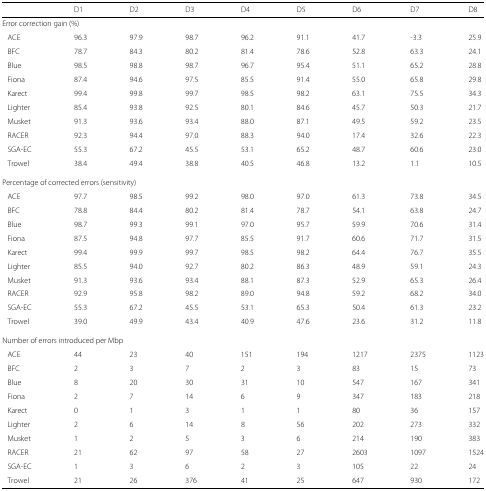
<table><thead><tr><td></td><td><b>D1</b></td><td><b>D2</b></td><td><b>D3</b></td><td><b>D4</b></td><td><b>D5</b></td><td><b>D6</b></td><td><b>D7</b></td><td><b>D8</b></td></tr></thead><tbody><tr><td colspan="9">Error correction gain (%)</td></tr><tr><td> ACE</td><td>96.3</td><td>97.9</td><td>98.7</td><td>96.2</td><td>91.1</td><td>41.7</td><td>-3.3</td><td>25.9</td></tr><tr><td> BFC</td><td>78.7</td><td>84.3</td><td>80.2</td><td>81.4</td><td>78.6</td><td>52.8</td><td>63.3</td><td>24.1</td></tr><tr><td> Blue</td><td>98.5</td><td>98.8</td><td>98.7</td><td>96.7</td><td>95.4</td><td>51.1</td><td>65.2</td><td>28.8</td></tr><tr><td> Fiona</td><td>87.4</td><td>94.6</td><td>97.5</td><td>85.5</td><td>91.4</td><td>55.0</td><td>65.8</td><td>29.8</td></tr><tr><td> Karect</td><td>99.4</td><td>99.8</td><td>99.7</td><td>98.5</td><td>98.2</td><td>63.1</td><td>75.5</td><td>34.3</td></tr><tr><td> Lighter</td><td>85.4</td><td>93.8</td><td>92.5</td><td>80.1</td><td>84.6</td><td>45.7</td><td>50.3</td><td>21.7</td></tr><tr><td> Musket</td><td>91.3</td><td>93.6</td><td>93.4</td><td>88.0</td><td>87.1</td><td>49.5</td><td>59.2</td><td>23.5</td></tr><tr><td> RACER</td><td>92.3</td><td>94.4</td><td>97.0</td><td>88.3</td><td>94.0</td><td>17.4</td><td>32.6</td><td>22.3</td></tr><tr><td> SGA-EC</td><td>55.3</td><td>67.2</td><td>45.5</td><td>53.1</td><td>65.2</td><td>48.7</td><td>60.6</td><td>23.0</td></tr><tr><td> Trowel</td><td>38.4</td><td>49.4</td><td>38.8</td><td>40.5</td><td>46.8</td><td>13.2</td><td>1.1</td><td>10.5</td></tr><tr><td colspan="9">Percentage of corrected errors (sensitivity)</td></tr><tr><td> ACE</td><td>97.7</td><td>98.5</td><td>99.2</td><td>98.0</td><td>97.0</td><td>61.3</td><td>73.8</td><td>34.5</td></tr><tr><td> BFC</td><td>78.8</td><td>84.4</td><td>80.2</td><td>81.4</td><td>78.7</td><td>54.1</td><td>63.8</td><td>24.7</td></tr><tr><td> Blue</td><td>98.7</td><td>99.3</td><td>99.1</td><td>97.0</td><td>95.7</td><td>59.9</td><td>70.6</td><td>31.4</td></tr><tr><td> Fiona</td><td>87.5</td><td>94.8</td><td>97.7</td><td>85.5</td><td>91.7</td><td>60.6</td><td>71.7</td><td>31.5</td></tr><tr><td> Karect</td><td>99.4</td><td>99.9</td><td>99.7</td><td>98.5</td><td>98.2</td><td>64.4</td><td>76.7</td><td>35.5</td></tr><tr><td> Lighter</td><td>85.5</td><td>94.0</td><td>92.7</td><td>80.2</td><td>86.3</td><td>48.9</td><td>59.1</td><td>24.3</td></tr><tr><td> Musket</td><td>91.3</td><td>93.6</td><td>93.4</td><td>88.1</td><td>87.3</td><td>52.9</td><td>65.3</td><td>26.4</td></tr><tr><td> RACER</td><td>92.9</td><td>95.8</td><td>98.2</td><td>89.0</td><td>94.8</td><td>59.2</td><td>68.2</td><td>34.0</td></tr><tr><td> SGA-EC</td><td>55.3</td><td>67.2</td><td>45.5</td><td>53.1</td><td>65.3</td><td>50.4</td><td>61.3</td><td>23.2</td></tr><tr><td> Trowel</td><td>39.0</td><td>49.9</td><td>43.4</td><td>40.9</td><td>47.6</td><td>23.6</td><td>31.2</td><td>11.8</td></tr><tr><td colspan="9">Number of errors introduced per Mbp</td></tr><tr><td> ACE</td><td>44</td><td>23</td><td>40</td><td>151</td><td>194</td><td>1217</td><td>2375</td><td>1123</td></tr><tr><td> BFC</td><td>2</td><td>3</td><td>7</td><td>2</td><td>3</td><td>83</td><td>15</td><td>73</td></tr><tr><td> Blue</td><td>8</td><td>20</td><td>30</td><td>31</td><td>10</td><td>547</td><td>167</td><td>341</td></tr><tr><td> Fiona</td><td>2</td><td>7</td><td>14</td><td>6</td><td>9</td><td>347</td><td>183</td><td>218</td></tr><tr><td> Karect</td><td>0</td><td>1</td><td>3</td><td>1</td><td>1</td><td>80</td><td>36</td><td>157</td></tr><tr><td> Lighter</td><td>2</td><td>6</td><td>14</td><td>8</td><td>56</td><td>202</td><td>273</td><td>332</td></tr><tr><td> Musket</td><td>1</td><td>2</td><td>5</td><td>3</td><td>6</td><td>214</td><td>190</td><td>383</td></tr><tr><td> RACER</td><td>21</td><td>62</td><td>97</td><td>58</td><td>27</td><td>2603</td><td>1097</td><td>1524</td></tr><tr><td> SGA-EC</td><td>1</td><td>3</td><td>6</td><td>2</td><td>3</td><td>105</td><td>22</td><td>24</td></tr><tr><td> Trowel</td><td>21</td><td>26</td><td>376</td><td>41</td><td>25</td><td>647</td><td>930</td><td>172</td></tr></tbody></table>